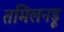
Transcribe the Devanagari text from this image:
तमिलनडू